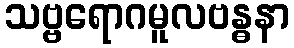
သဗ္ဗရောဂမူလဗန္ဓနာ